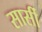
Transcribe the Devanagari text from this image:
सार्सी